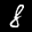
Label: 8